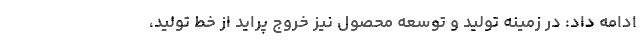
ادامه داد: در زمینه تولید و توسعه محصول نیز خروج پراید از خط تولید،